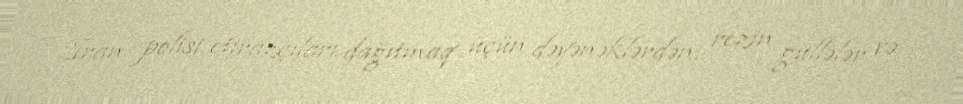
İran polisi etirazçıları dağıtmaq üçün dəyənəklərdən, rezin güllələr və